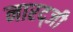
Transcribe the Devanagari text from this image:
नारद्जी